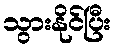
သွားနိုင်ပြီး